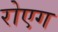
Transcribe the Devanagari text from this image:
रोएग